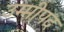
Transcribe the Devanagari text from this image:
उम्मीपद